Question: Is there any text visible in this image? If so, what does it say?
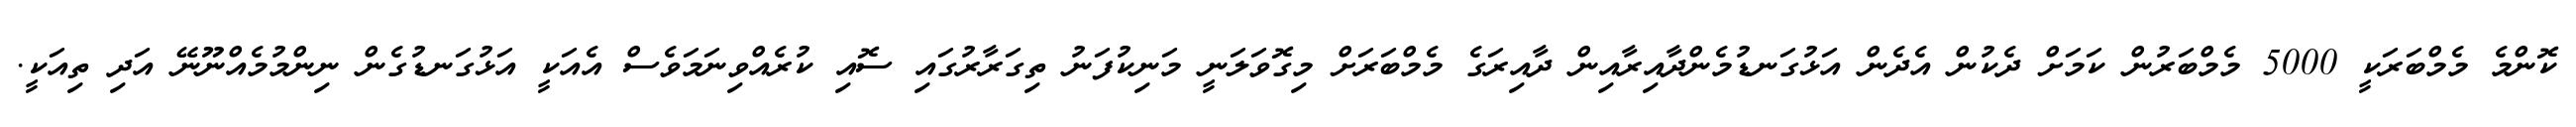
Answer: ކޮންމެ މެމްބަރަކީ 5000 މެމްބަރުން ކަމަށް ދެކުން އެދެން އަޅުގަނޑުމެންދާއިރާއިން ދާއިރަގެ މެމްބަރަށް މިގޮވަލަނީ މަނިކުފަނު ތިގަރާރުގައި ސޮއި ކުރެއްވިނަމަވެސް އެއަކީ އަޅުގަނޑުގެން ނިންމުމެއްނޫނޭ އަދި ތިއަކީ.